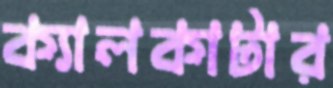
ক্যালকাটার